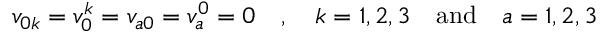
v _ { 0 k } = v _ { 0 } ^ { k } = v _ { a 0 } = v _ { a } ^ { 0 } = 0 \quad , \quad k = 1 , 2 , 3 \quad \mathrm { a n d } \quad a = 1 , 2 , 3